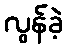
လွန်ခဲ့